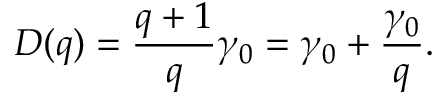
D ( q ) = \frac { q + 1 } { q } \gamma _ { 0 } = \gamma _ { 0 } + \frac { \gamma _ { 0 } } { q } .